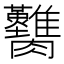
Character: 𦣚